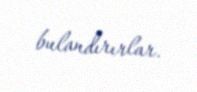
bulandırırlar.